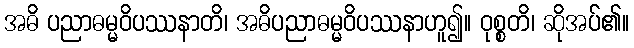
အဓိ ပညာဓမ္မဝိပဿနာတိ၊ အဓိပညာဓမ္မဝိပဿနာဟူ၍။ ဝုစ္စတိ၊ ဆိုအပ်၏။